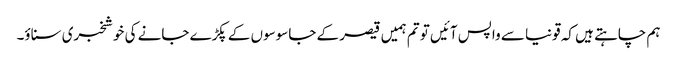
ہم چاہتے ہیں کہ قونیا سے واپس آئیں تو تم ہمیں قیصر کے جاسوسوں کے پکڑے جانے کی خوشخبری سناؤ۔